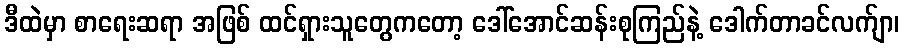
ဒီထဲမှာ စာရေးဆရာ အဖြစ် ထင်ရှားသူတွေကတော့ ဒေါ်အောင်ဆန်းစုကြည်နဲ့ ဒေါက်တာခင်လက်ျာ၊